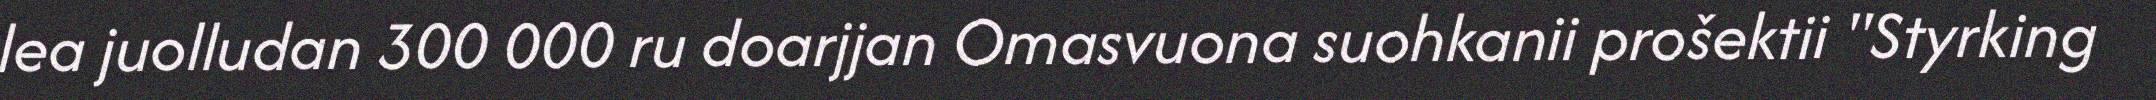
lea juolludan 300 000 ru doarjjan Omasvuona suohkanii prošektii "Styrking